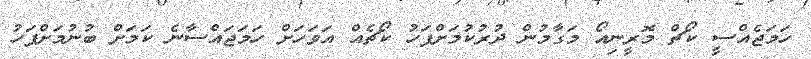
ހަމަޖެއްސީ ކޯޗް މޮރީނިއޯ މަގާމުން ދުރުކުމަށްފަހު ކޯޗެއް އަވަހަށް ހަމަޖައްސާނެ ކަމަށް ބުނުމަށްފަހު